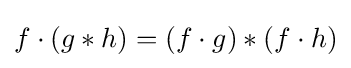
f\cdot (g\ast h)=(f\cdot g)\ast (f\cdot h)